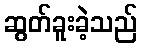
ဆွတ်ခူးခဲ့သည်